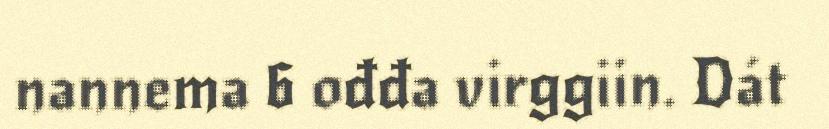
nannema 6 ođđa virggiin. Dát